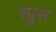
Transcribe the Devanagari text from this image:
स्प्रुस